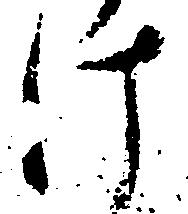
け